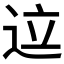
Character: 𬨢